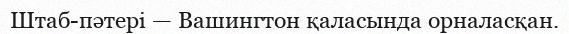
Штаб-пәтері — Вашингтон қаласында орналасқан.